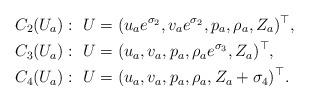
LaTeX: \begin{align*}&C_2(U_a):\,\, U=(u_ae^{\sigma_2},v_ae^{\sigma_2},p_a,\rho_a,Z_a)^\top, \\&C_3(U_a):\,\, U=(u_a,v_a,p_a,\rho_ae^{\sigma_3},Z_a)^\top,\\&C_4(U_a):\,\, U=(u_a,v_a,p_a,\rho_a,Z_a+\sigma_4)^\top. \end{align*}